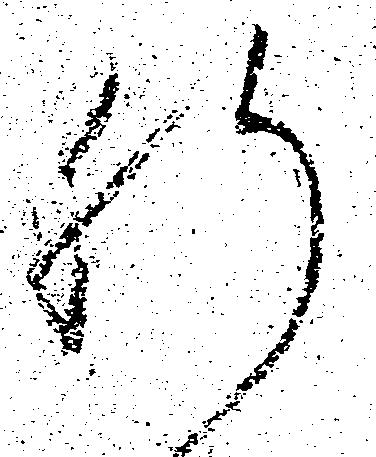
肝